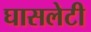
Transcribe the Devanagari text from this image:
घासलेटी